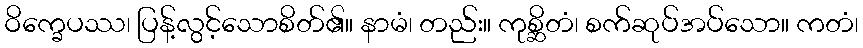
ဝိက္ခေပဿ၊ ပြန့်လွင့်သောစိတ်၏။ နာမံ၊ တည်း။ ကုစ္ဆိတံ၊ စက်ဆုပ်အပ်သော။ ကတံ၊